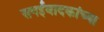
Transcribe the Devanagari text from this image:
सनईवादकांच्या